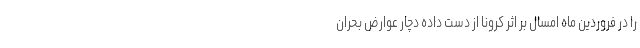
را در فروردین ماه امسال بر اثر کرونا از دست داده دچار عوارض بحران